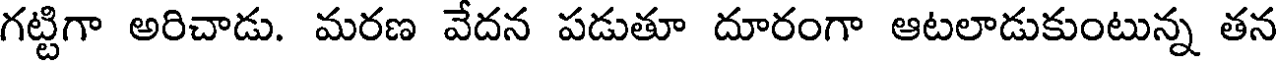
గట్టిగా అరిచాడు. మరణ వేదన పడుతూ దూరంగా ఆటలాడుకుంటున్న తన